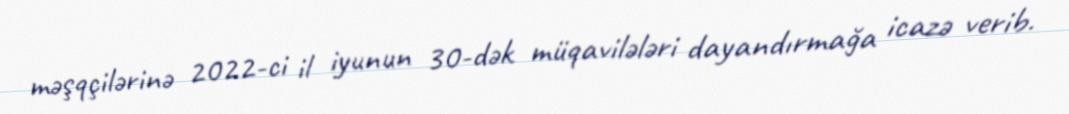
məşqçilərinə 2022-ci il iyunun 30-dək müqavilələri dayandırmağa icazə verib.